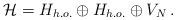
LaTeX: \begin{align*}{\cal H}=H_{h.o.}\oplus H_{h.o.}\oplus V_{N}\,.\end{align*}